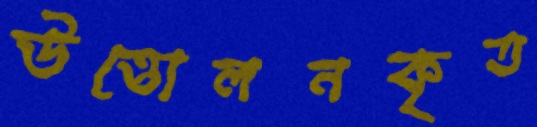
উত্তোলনকৃত